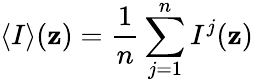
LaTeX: \left<I\right>(\mathbf{z})=\frac{{1}}{{n}}\sum_{j=1}^{n}I^{j}(\mathbf{z})